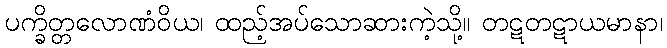
ပက္ခိတ္တလောဏံဝိယ၊ ထည့်အပ်သောဆားကဲ့သို့။ တဋတဋာယမာနာ၊